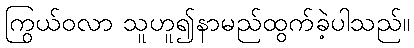
ကြွယ်ဝလာ သူဟူ၍နာမည်ထွက်ခဲ့ပါသည်။